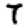
Digit: 7